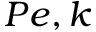
P e , k